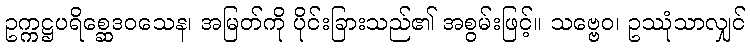
ဥက္ကဋ္ဌပရိစ္ဆေဒဝသေန၊ အမြတ်ကို ပိုင်းခြားသည်၏ အစွမ်းဖြင့်။ သဗ္ဗေဝ၊ ဥဿုံသာလျှင်